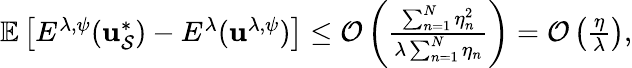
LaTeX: \begin{array}{r}{\mathbb{E}\left[E^{\lambda,\psi}({\mathbf u}_{\mathcal{S}}^{*})-E^{\lambda}({\mathbf u}^{\lambda,\psi})\right]\leq\mathcal{O}\left(\frac{\sum_{n=1}^{N}\eta_{n}^{2}}{\lambda\sum_{n=1}^{N}\eta_{n}}\right)=\mathcal{O}\left(\frac{\eta}{\lambda}\right),}\end{array}